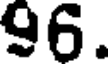
96.